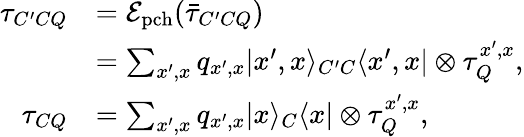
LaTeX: \begin{array}{rl}{\tau_{C^{\prime}CQ}}&{=\mathcal{E}_{\mathrm{pch}}(\bar{\tau}_{C^{\prime}CQ})}\\ &{=\sum_{x^{\prime},x}q_{x^{\prime},x}|x^{\prime},x\rangle_{C^{\prime}C}\langle x^{\prime},x|\otimes\tau_{Q}^{x^{\prime},x},}\\ {\tau_{CQ}}&{=\sum_{x^{\prime},x}q_{x^{\prime},x}|x\rangle_{C}\langle x|\otimes\tau_{Q}^{x^{\prime},x},}\end{array}